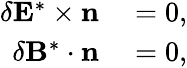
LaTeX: \begin{array}{rl}{\delta\mathbf{E}^{*}\times\mathbf{n}}&{{}=0,}\\ {\delta\mathbf{B}^{*}\cdot\mathbf{n}}&{{}=0,}\end{array}